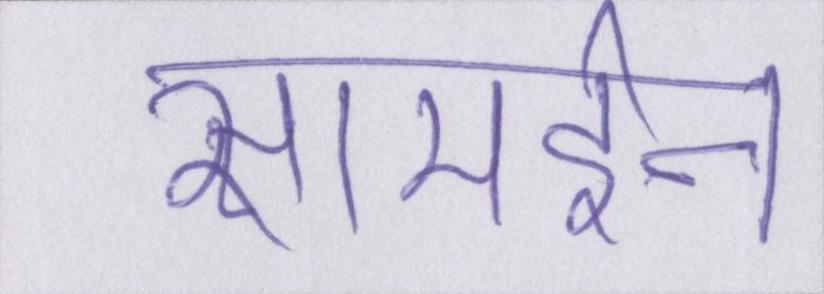
सामईन